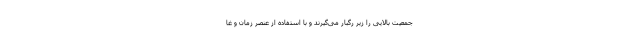
جمعیت بالایی را زیر رگبار می‌گیرند و با استفاده از عنصر زمان و غا